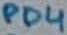
Text: PD4